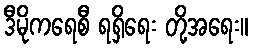
ဒီမိုကရေစီ ရရှိရေး တို့အရေး။